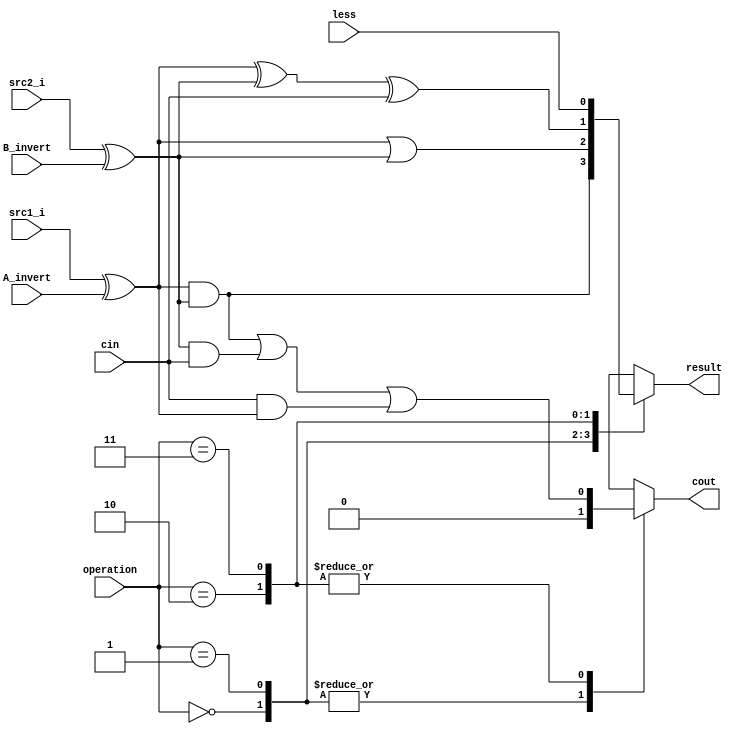
`timescale 1ns / 1ps
//////////////////////////////////////////////////////////////////////////////////
// Company: 
// Engineer: 
// 
// Create Date:    
// Design Name: 
// Module Name:    alu_top 
// Project Name: 
// Target Devices: 
// Tool versions: 
// Description: 
//
// Dependencies: 
//
// Revision: 
// Revision 0.01 - File Created
// Additional Comments: 
//
//////////////////////////////////////////////////////////////////////////////////

module ALU_TOP(
               src1_i,       //1 bit source 1 (input)
               src2_i,       //1 bit source 2 (input)
               less,       //1 bit less     (input)
               A_invert,   //1 bit A_invert (input)
               B_invert,   //1 bit B_invert (input)
               cin,        //1 bit carry in (input)
               operation,  //operation      (input)
               result,     //1 bit result   (output)
               cout       //1 bit carry out(output)
               );

input         src1_i;
input         src2_i;
input         less;
input         A_invert;
input         B_invert;
input         cin;
input [2-1:0] operation;

output        result;
output        cout;

reg           result_nxt;
reg           cout_nxt;
reg           a_in, b_in;


assign result = result_nxt;
assign cout = cout_nxt;


always@(*)
begin
     a_in = src1_i ^ A_invert;
     b_in = src2_i ^ B_invert;
     result_nxt = result;
     cout_nxt = 1'd0;

     case(operation[1:0])
          2'b00: //AND && NOR
          begin
               result_nxt = a_in & b_in; 
          end
          2'b01: //OR
          begin
               result_nxt = a_in | b_in;
          end
          2'b10: //ADD && SUB
          begin
               result_nxt = a_in ^ b_in ^ cin;
               cout_nxt = (a_in & b_in) | (b_in & cin) | (cin & a_in);

          end
          2'b11: //SLT
          begin
               //sub to ckeck whether less: B_invert = 1'd1
               result_nxt = less;
               cout_nxt = (a_in & b_in) | (b_in & cin) | (cin & a_in);
          end
     endcase
end

endmodule